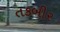
તકબીર